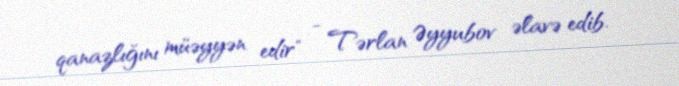
qanazlığını müəyyən edir" - Tərlan Əyyubov əlavə edib.